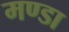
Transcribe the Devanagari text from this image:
मण्डा